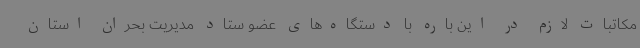
مکاتبات لازم در این باره با دستگاه‌های عضو ستاد مدیریت بحران استان